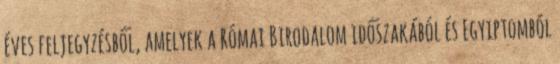
éves feljegyzésből, amelyek a Római Birodalom időszakából és Egyiptomból